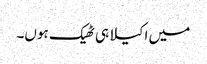
میں اکیلا ہی ٹھیک ہوں۔